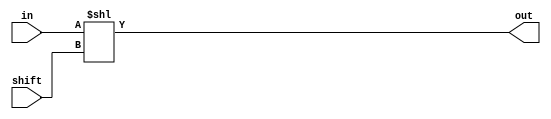
module shl_32_bit(input wire[31:0] in, input wire[31:0] shift, output wire[31:0] out);

  assign out[31:0] = in[31:0] << shift;  
  
endmodule